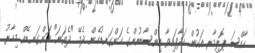
ހާއްސަ ޕޮލިމާރ އަކުން ހަދާފައިވާ އިންސާނުންގެ ހަންގަނޑުހެން ދެމޭ "ދެވަނަ" ހަންގަނޑެއް މިހާރު